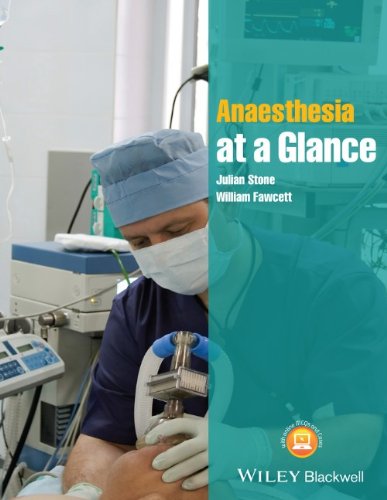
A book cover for Anaesthesia at a Glance; Julian Stone; Medical Books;